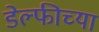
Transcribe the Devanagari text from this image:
डेल्फीच्या